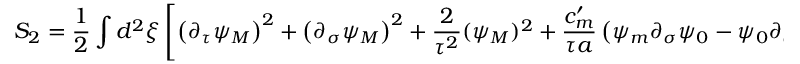
S _ { 2 } = \frac { 1 } { 2 } \int d ^ { 2 } \xi \left[ \left( \partial _ { \tau } \psi _ { M } \right) ^ { 2 } + \left( \partial _ { \sigma } \psi _ { M } \right) ^ { 2 } + \frac { 2 } { \tau ^ { 2 } } ( \psi _ { M } ) ^ { 2 } + \frac { c _ { m } ^ { \prime } } { \tau a } \left( \psi _ { m } \partial _ { \sigma } \psi _ { 0 } - \psi _ { 0 } \partial _ { \sigma } \psi _ { m } \right) \right] \: .